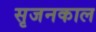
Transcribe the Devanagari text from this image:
सृजनकाल